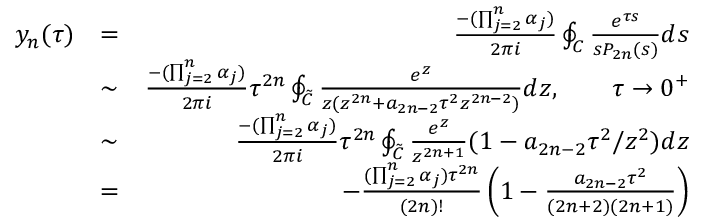
\begin{array} { r l r } { y _ { n } ( \tau ) } & { = } & { \frac { - ( \prod _ { j = 2 } ^ { n } \alpha _ { j } ) } { 2 \pi i } \oint _ { \cal C } \frac { e ^ { \tau s } } { s P _ { 2 n } ( s ) } d s } \\ & { \sim } & { \frac { - ( \prod _ { j = 2 } ^ { n } \alpha _ { j } ) } { 2 \pi i } \tau ^ { 2 n } \oint _ { \cal \tilde { C } } \frac { e ^ { z } } { z ( z ^ { 2 n } + a _ { 2 n - 2 } \tau ^ { 2 } z ^ { 2 n - 2 } ) } d z , \qquad \tau \rightarrow 0 ^ { + } } \\ & { \sim } & { \frac { - ( \prod _ { j = 2 } ^ { n } \alpha _ { j } ) } { 2 \pi i } \tau ^ { 2 n } \oint _ { \cal \tilde { C } } \frac { e ^ { z } } { z ^ { 2 n + 1 } } ( 1 - a _ { 2 n - 2 } \tau ^ { 2 } / z ^ { 2 } ) d z } \\ & { = } & { - \frac { ( \prod _ { j = 2 } ^ { n } \alpha _ { j } ) \tau ^ { 2 n } } { ( 2 n ) ! } \left( 1 - \frac { a _ { 2 n - 2 } \tau ^ { 2 } } { ( 2 n + 2 ) ( 2 n + 1 ) } \right) } \end{array}